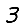
Digit: 3